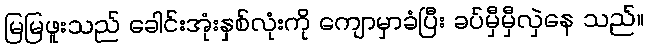
မြမြဖူးသည် ခေါင်းအုံးနှစ်လုံးကို ကျောမှာခံပြီး ခပ်မှီမှီလှဲနေ သည်။